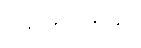
ဝယ်ကြပါတယ်။